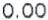
0.00